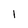
Character: l